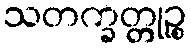
သတက္ခတ္တုဉ္စ